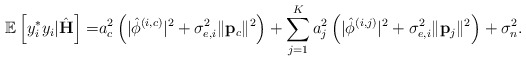
\begin{align*} \mathbb{E}\left[ y_i^* y_i|\hat{\mathbf{H}}\right]=&a_c^2\left(\lvert\hat{\phi}^{\left(i,c\right)}\rvert^2+\sigma_{e,i}^2\lVert\mathbf{p}_c\rVert^2\right)+\sum_{j=1}^{K}a_j^2\left(\lvert\hat{\phi}^{\left(i,j\right)}\rvert^2+\sigma_{e,i}^2\lVert\mathbf{p}_j\rVert^2\right)+\sigma_n^2.\end{align*}